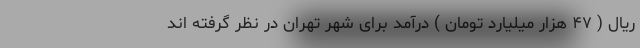
ریال ( ۴۷ هزار میلیارد تومان ) درآمد برای شهر تهران در نظر گرفته اند